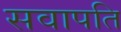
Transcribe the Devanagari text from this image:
सवापति